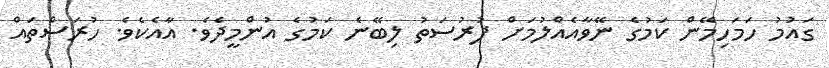
ގައުމު ހަމަހިމޭން ކަމުގެ ނޭވާއެއްލުމަށް ފުރުސަތު ލިބޭނެ ކަމުގެ އުންމީދެވެ. އާއެކެވެ. ހުރަސްތައް